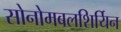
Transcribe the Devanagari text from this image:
सोनोमबलशिर्यिन